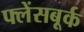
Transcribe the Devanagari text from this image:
फ्लेंसबूर्क